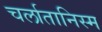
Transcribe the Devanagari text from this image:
चर्लातानिस्म